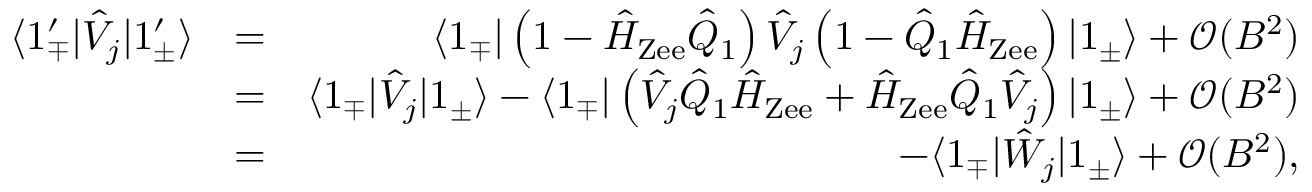
\begin{array} { r l r } { \langle 1 _ { \mp } ^ { \prime } | \hat { V } _ { j } | 1 _ { \pm } ^ { \prime } \rangle } & { = } & { \langle 1 _ { \mp } | \left( 1 - \hat { H } _ { \mathrm { Z e e } } \hat { Q } _ { 1 } \right) \hat { V } _ { j } \left( 1 - \hat { Q } _ { 1 } \hat { H } _ { \mathrm { Z e e } } \right) | 1 _ { \pm } \rangle + \mathcal { O } ( B ^ { 2 } ) } \\ & { = } & { \langle 1 _ { \mp } | \hat { V } _ { j } | 1 _ { \pm } \rangle - \langle 1 _ { \mp } | \left( \hat { V } _ { j } \hat { Q } _ { 1 } \hat { H } _ { \mathrm { Z e e } } + \hat { H } _ { \mathrm { Z e e } } \hat { Q } _ { 1 } \hat { V } _ { j } \right) | 1 _ { \pm } \rangle + \mathcal { O } ( B ^ { 2 } ) } \\ & { = } & { - \langle 1 _ { \mp } | { \hat { W } _ { j } } | 1 _ { \pm } \rangle + \mathcal { O } ( B ^ { 2 } ) , } \end{array}